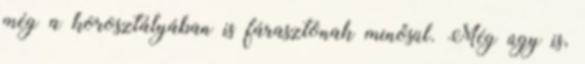
még a korosztályában is fárasztónak minősül. Még úgy is,